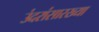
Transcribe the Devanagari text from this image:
उंदरांसारख्या